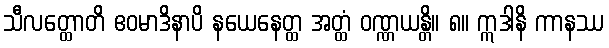
သီလတ္ထောတိ ဧဝမာဒိနာပိ နယေနေတ္ထ အတ္ထံ ဝဏ္ဏယန္တိ။ ၈။ ဣဒါနိ ကာနဿ